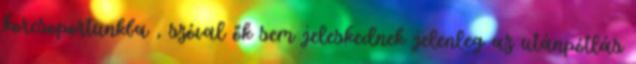
korcsoportunkba , szóval ők sem jeleskednek jelenleg az utánpótlás